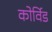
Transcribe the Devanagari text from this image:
कोर्विड